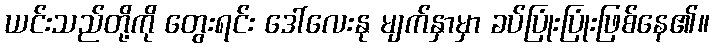
ယင်းသည်တို့ကို တွေးရင်း ဒေါ်လေးနု မျက်နှာမှာ ခပ်ပြုံးပြုံးဖြစ်နေ၏။